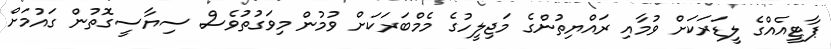
ޕާޓީއެއްގެ ލީޑަރަކަށް ވުމާއި ރައްޔިތުންގެ މަޖިލީހުގެ މެމްބަރަކަށް ވުމުން މިވަގުތުވެސް ސިޔާސީގޮތުން ގައުމަށް